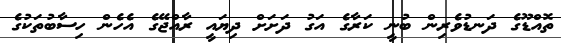
ތޮއްޑޫގެ ދަނޑުވެރިން ބުނީ ކަރާގެ އަގު ދަށަށް ދިޔައީ ރާއްޖޭގެ އެހެން ހިސާބުތަކުގެ